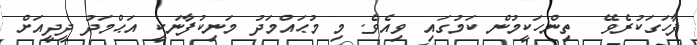
ފާހަގަކުރެވޭ  ތިންހަކީމުން ކަމުގައި ވިއެވެ. މި މުޙައްމަދު މަނިކުފާނަކީ އަޙްމަދު ދީދީއަށް